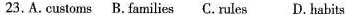
23. A. Customs B. Families C.Rules D. Habits